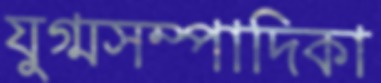
যুগ্মসম্পাদিকা